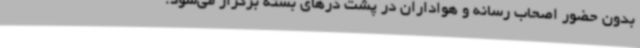
بدون حضور اصحاب رسانه و هواداران در پشت درهای بسته برگزار می‌شود.